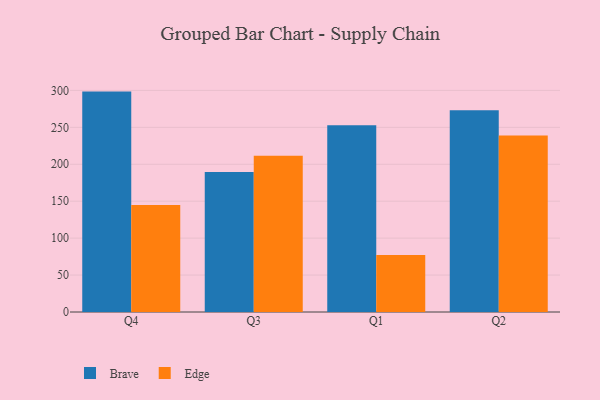
{"axis": {"x": "Quarter", "y": "Waste Production (Tons)"}, "legend": ["Brave", "Edge"], "data": [{"x": "Q4", "y": 298.4, "type": "Brave"}, {"x": "Q4", "y": 145.0, "type": "Edge"}, {"x": "Q3", "y": 189.4, "type": "Brave"}, {"x": "Q3", "y": 211.7, "type": "Edge"}, {"x": "Q1", "y": 252.7, "type": "Brave"}, {"x": "Q1", "y": 77.3, "type": "Edge"}, {"x": "Q2", "y": 273.2, "type": "Brave"}, {"x": "Q2", "y": 238.8, "type": "Edge"}]}